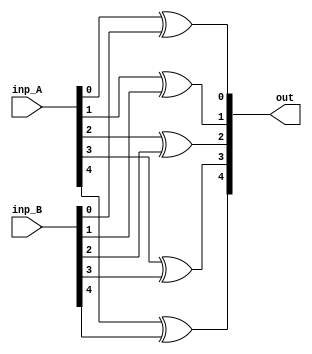
module _5bitxor(out,inp_A,inp_B);
input[4:0] inp_A;
input[4:0] inp_B;
output[4:0] out;
xor xorof0(out[0],inp_A[0],inp_B[0]);
xor xorof1(out[1],inp_A[1],inp_B[1]);
xor xorof2(out[2],inp_A[2],inp_B[2]);
xor xorof3(out[3],inp_A[3],inp_B[3]);
xor xorof4(out[4],inp_A[4],inp_B[4]);
endmodule